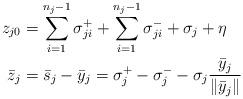
LaTeX: \begin{align*}z_{j0} & = \sum_{i=1}^{n_j-1}\sigma_{ji}^+ + \sum_{i=1}^{n_j-1}\sigma_{ji}^- + \sigma_j + \eta \\\bar z_{j} & = \bar s_j-\bar y_j =\sigma_{j}^+ - \sigma_{j}^- - \sigma_j\frac{\bar y_{j}}{\|\bar y_j\|}\end{align*}